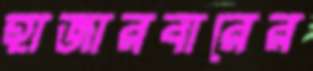
হাজারবারের